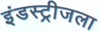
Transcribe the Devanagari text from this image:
इंडस्ट्रीजला